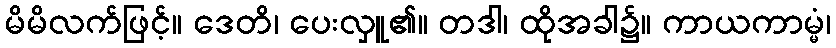
မိမိလက်ဖြင့်။ ဒေတိ၊ ပေးလှူ၏။ တဒါ၊ ထိုအခါ၌။ ကာယကာမ္မံ၊